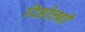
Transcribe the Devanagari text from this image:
रिडोल्फ़ी